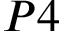
P 4